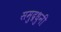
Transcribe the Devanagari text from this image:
समुद्रधुनी